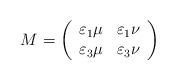
LaTeX: \begin{align*}M=\left( \begin{array}{cc}\varepsilon_1\mu& \varepsilon_1\nu \\\varepsilon_3\mu&\varepsilon_{3}\nu \end{array}\right) \end{align*}